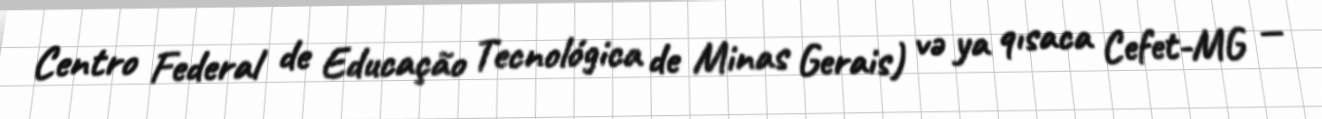
Centro Federal de Educação Tecnológica de Minas Gerais) və ya qısaca Cefet-MG —